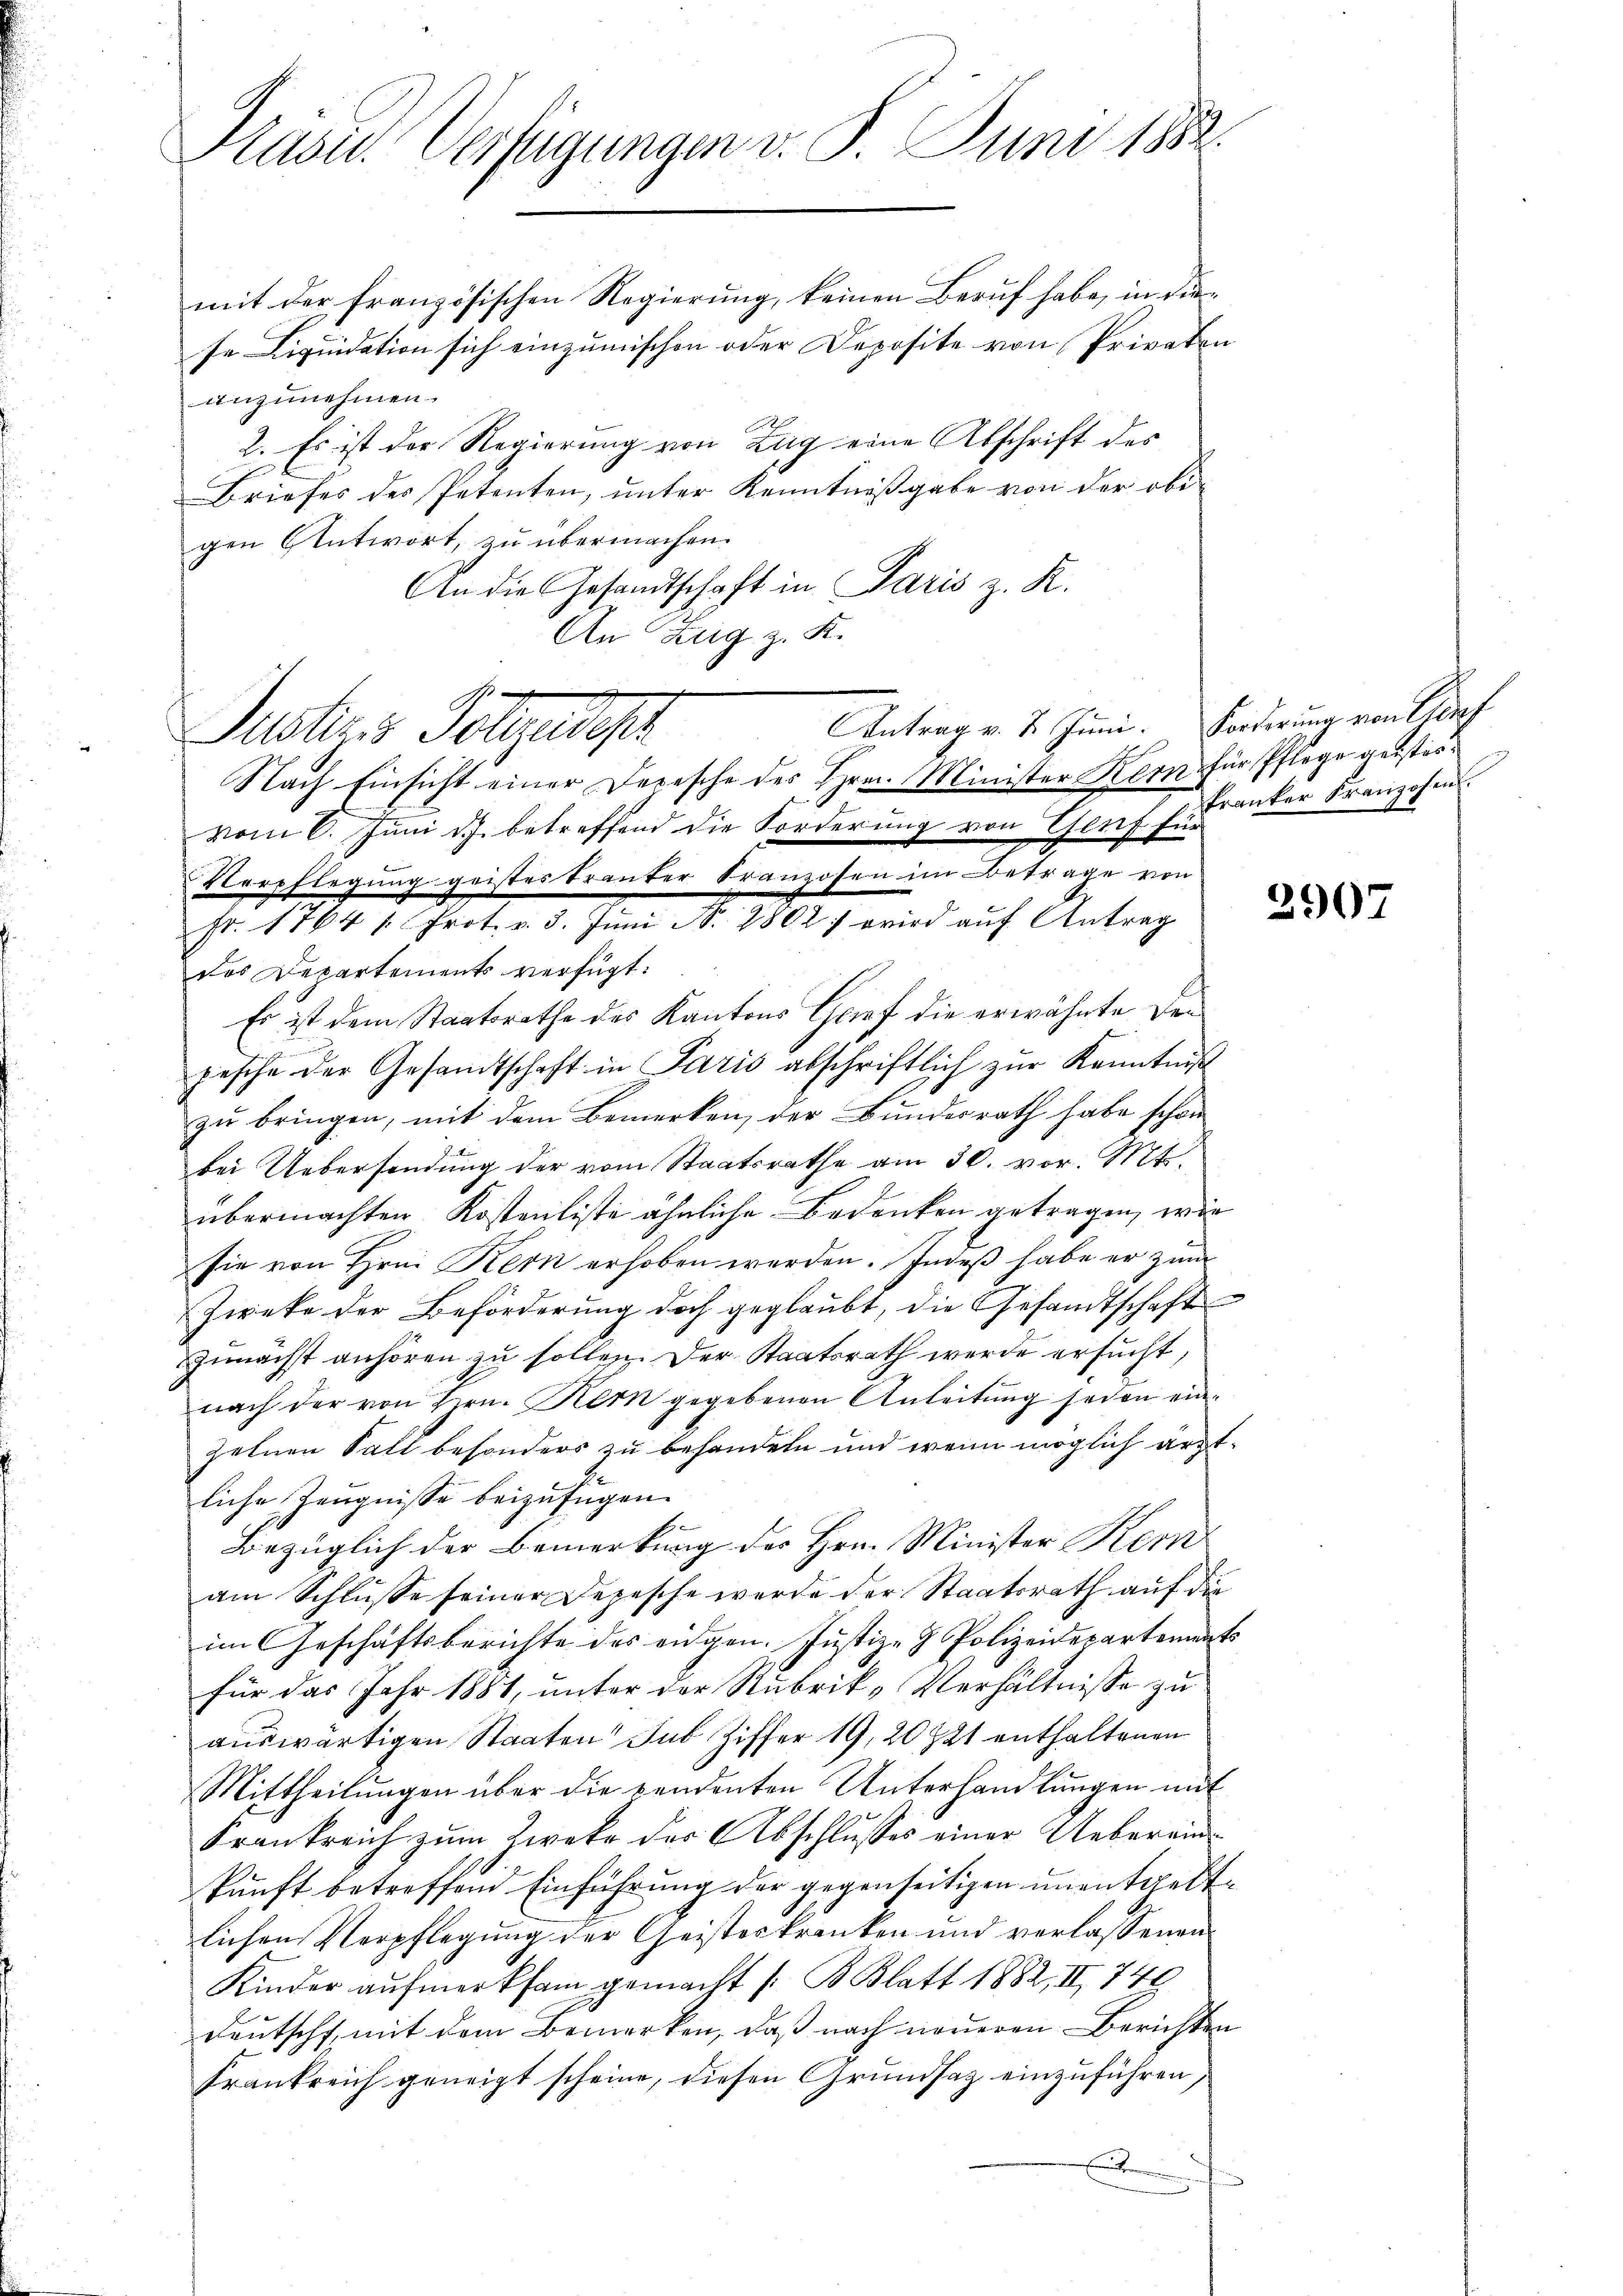
Präver Verfügungen v. 8. Juni 1882.

Antrag v. 2. Juni. Forderung von Conf
Justiz & Polizeidept

mit der französischen Regierung, keinen Beruf habe, in die
se Liquidation sich einzumischen oder Deposite von Privaten
anzunehmen
2. Es ist der Regierung von Zug eine Abschrift des
Briefes des Petenten, unter Kenntnißgabe von der obigen Antwort, zu übermachen.
An die Gesandtschaft in Paris z. R.
An Zug z. K.
R.

Nach Einsicht einer Depesche des Hrn. Minister Korn für Pflege geistervom 6. Juni d.J. betreffend die Forderung von Genf für
Verpflegung geistes Tranter Franzosen im Betrage von
fr. 1764 " Prot. v. 3. Jŭni N. 2802. wird aŭf Antrag
des Departements verfügt:
Es ist dem Staatsrathe des Kantons Graf die erwähnte Dei
pesche der Gesandtschaft in Paris abschriftlich zur Kenntniß
zu bringen, mit dem Bemerken, der Bundesrath habe schon
bei Uebersendung der vom Staatsrathe am 30. vor. Mt.
übermachten Kostenliste ähnliche Bedenken getragen, wie
sie von Hrn. Kern erhoben werden. Indeß habe er zum
Zweke der Beförderung doch geglaubt, die Gesandtschaft
Zunächst anhören zu sollen. Der Staatsrath werde ersucht,
nach der von Hrn. Kern gegebenen Anleitung seien einzelnen Fall besonders zu behandeln und wenn möglich ärztliche Zeugnisse beizufügen.
Bezüglich der Bemerkung des Hrn. Minister Kern
am Schlüsse seiner Depesche werde der Staatsrath auf die
im Geschäftsberichte des eidgen. Justiz- & Polizeidepartements
für das Jahr 1881, unter der Rubrik-Verhältnisse zu
auswärtigen Staaten sub. Ziffer 19, 20 21 enthaltenen
Mittheilŭngen über die pendenten Unterhandlŭngen mit
Krankreich zum Zweke der Abschlusses einer Uebereinkunft betreffend Einführung der gegenseitigen unentgeltlichen Verpflegung der Geisterkranken und verlassenen
Kinder aufmerksam gemacht /: B. Blatt 1882, II 749
Deutscht, mit dem Bemerken, daß nach neueren Berichten
Frankreich geneigt scheine, diesen Grundsaz einzuführen,
.

kranker Franzosen

2907